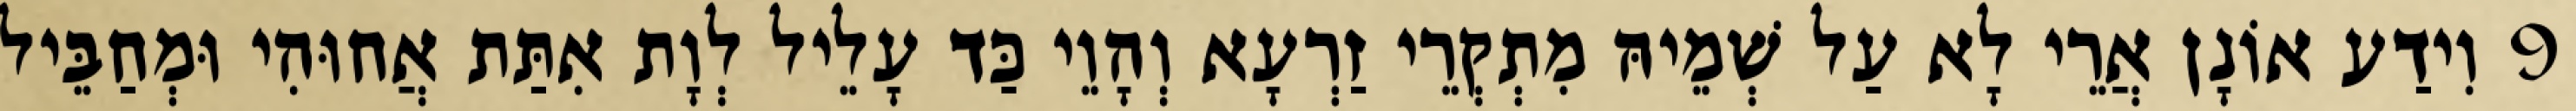
9 וִידַע אוֹנָן אֲרֵי לָא עַל שְׁמֵיהּ מִתְקְרֵי זַרְעָא וְהָוֵי כַּד עָלֵיל לְוָת אִתַּת אֲחוּהִי וּמְחַבֵּיל